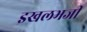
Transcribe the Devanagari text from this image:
इखलभजी